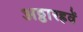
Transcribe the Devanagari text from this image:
अठ्ठारहवें